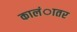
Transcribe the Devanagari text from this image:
कालंातर